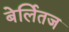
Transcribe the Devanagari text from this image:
बेर्लितज